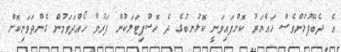
އެ ދެބޭފުޅުންވެސް ހައްޔަރު ކޮށްފައިވަނީ ކޮޅުނބުގެ ދެ ހޮސްޕިޓަލަކުން ފަރުވާ ހޯއްދަވަމުން ގެންދަވަނިކޮށް